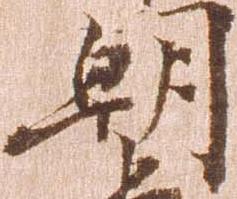
朝